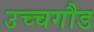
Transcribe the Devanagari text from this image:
उच्चगौड